Lunatic asylums Central Provinces reports 1910-1926 - 1910-1926
Year: 1910
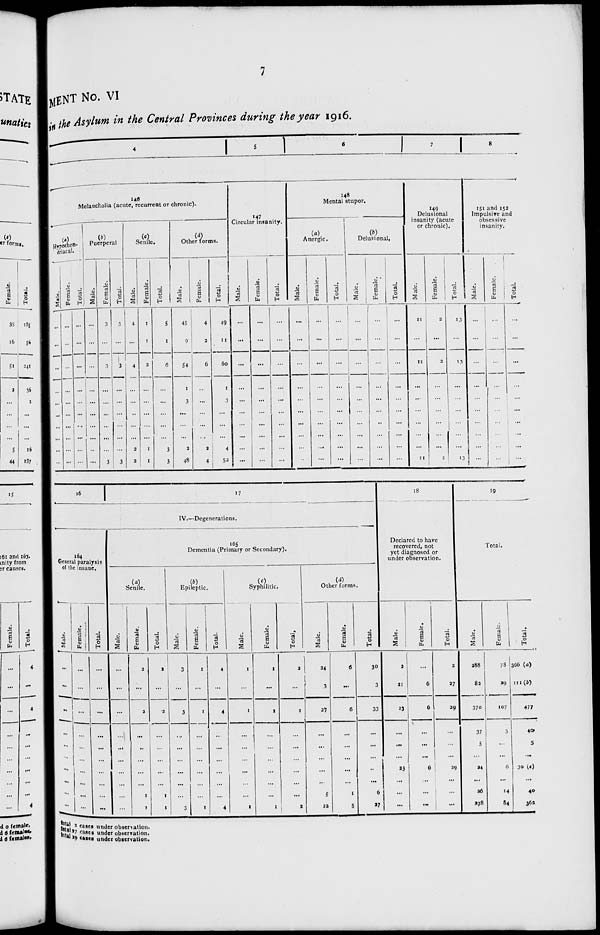
7
MENT No. VI
in the Asylum in the Central Provinces during the year 1916.
4
5
6 7
8
146
Melancholia (acute, recurrent or chronic).
(a)
Hypochon-
driacal.
Male.
...
...
...
...
...
...
...
...
...
...
Female.
...
...
...
...
...
...
...
...
...
...
Total.
...
...
...
...
...
...
...
...
...
...
(b)
Puerperal
Male.
...
...
...
...
...
...
...
...
...
...
Female.
3
...
3
...
...
...
...
...
...
3
Total.
3
...
3
...
...
...
...
...
...
3
(c)
Senile.
Male.
4
...
4
...
...
...
...
...
2
2
Female.
1
1
2
...
...
...
...
...
1
1
Total.
5
1
6
...
...
...
...
...
3
3
(d)
Other forms.
Male.
45
9
54
1
3
...
...
...
2
48
Female.
4
2
6
...
...
...
...
...
2
4
Total.
49
11
60
1
3
...
...
...
4
52
147
Circular insanity.
Male.
...
...
...
...
...
...
...
...
...
...
Female.
...
...
...
...
...
...
...
...
...
...
Total.
...
...
...
...
...
...
...
...
...
...
148
Mental stupor.
(a)
Anergic.
Male.
...
...
...
...
...
...
...
...
...
Female.
...
...
...
...
...
...
...
...
...
...
Total.
...
...
...
...
...
...
...
...
...
...
(b)
Delusional.
Male.
...
...
...
...
...
...
...
...
...
...
Female.
...
...
...
...
...
...
...
...
...
...
Total.
...
...
...
...
...
...
...
...
...
...
149 Delusional
insanity (acute
or chronic).
Male.
11
...
11
...
...
...
...
...
...
11
Female.
2
...
2
...
...
...
...
...
...
2
Total.
13
13
...
...
...
...
...
...
13
151 and 152
Impulsive and
obsessive
insanity.
Male.
...
...
...
...
...
...
...
...
...
...
Female.
...
...
...
...
...
...
...
...
...
...
Total.
...
...
...
...
...
...
...
...
...
...
17
IV.—Degenerations.
164
General paralysis
of the insane.
Male.
...
...
...
...
...
...
...
...
...
...
Female.
...
...
...
...
...
...
...
...
...
...
Total.
...
...
...
...
...
...
...
...
...
...
165
Dementia (Primary or Secondary).
(a)
Senile.
Male.
...
...
...
...
...
...
...
...
...
...
Female.
2
...
2
...
...
...
...
...
1
1
Total.
2
...
2
...
...
...
...
...
1
1
(b)
Epileptic.
Male.
3
...
3
...
...
...
...
...
...
3
Female.
1
...
1
...
...
...
...
...
...
1
Total.
4
...
4
...
...
...
...
...
...
4
(c)
Syphilitic.
Male.
1
...
1
...
...
...
...
...
...
1
Female.
1
...
1
...
....
...
...
...
...
1
Total.
2
...
2
...
...
...
...
...
...
2
(d)
Other forms.
Male.
24
3
27
...
...
...
...
...
5
22
Female.
6
...
6
...
...
...
...
...
1
5
Total.
30
3
33
...
...
...
...
...
6
27
18
Declared to have
recovered, not
yet diagnosed or
under observation.
Male.
2
21
23
...
...
...
23
...
...
...
Female.
...
6
6
...
...
...
6
...
...
...
Total.
2
27
29
...
...
...
29
...
...
...
19
Total.
Male.
288
82
370
37
5
...
24
...
26
278
Female.
78
29
107
3
...
...
6
...
14
84
Total.
366 (a)
111 (b)
477
40
5
...
30(c)
...
40
362
total 2 cases under observation.
total 27 cases under observation.
total 29 cases under observation.